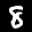
Label: 8